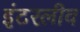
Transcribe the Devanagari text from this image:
इंटरलीव